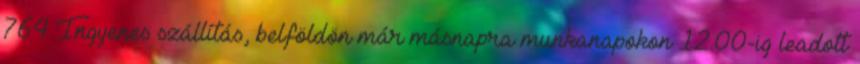
764 Ingyenes szállítás, belföldön már másnapra munkanapokon 12.00-ig leadott